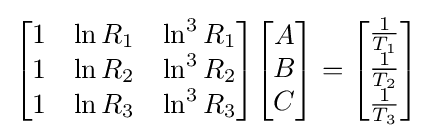
{\begin{bmatrix}1&\ln R_{1}&\ln ^{3}R_{1}\\1&\ln R_{2}&\ln ^{3}R_{2}\\1&\ln R_{3}&\ln ^{3}R_{3}\end{bmatrix}}{\begin{bmatrix}A\\B\\C\end{bmatrix}}={\begin{bmatrix}{\frac {1}{T_{1}}}\\{\frac {1}{T_{2}}}\\{\frac {1}{T_{3}}}\end{bmatrix}}